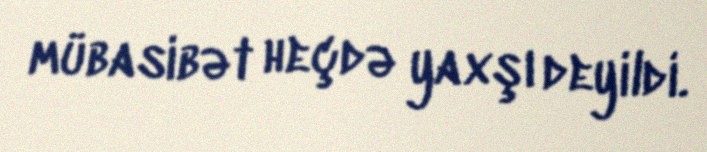
mübasibət heçdə yaxşı deyildi.